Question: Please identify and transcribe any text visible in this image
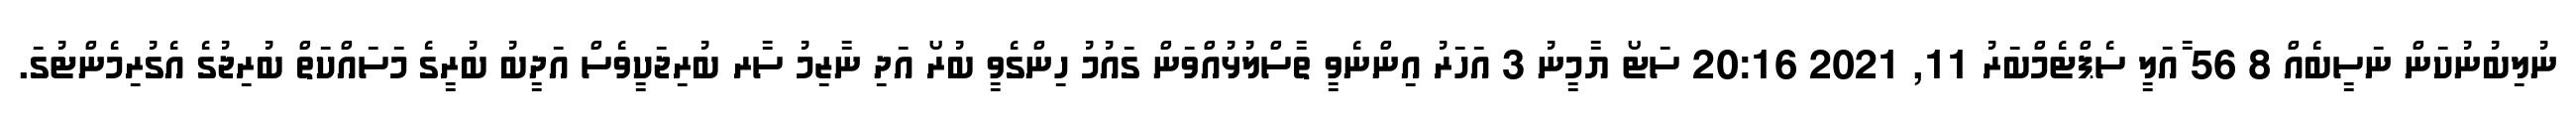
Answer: ނުލިބުނުކަން ނަސީބެއް 8 56 ާއަލީ ސެޕްޓެމްބަރު 11, 2021 20:16 ސަޓޯ ޔާމީނު 3 އަހަރު އިންނެވީ ތާސްލުޅުއްވަން ގައުމު ހިންގެވީ ބުރޯ އަދި ނާޒިމު ސާރ ބުރިޖަކީވެސް އަދީބު ބުރީގެ މަސައްކަތް ބުރިޖުގެ އެގުރިމެންޓުގަ.